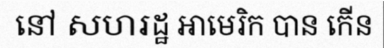
នៅ សហរដ្ឋ អាមេរិក បាន កើន